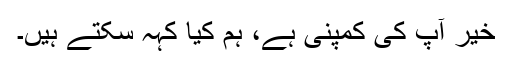
خیر آپ کی کمپنی ہے، ہم کیا کہہ سکتے ہیں۔